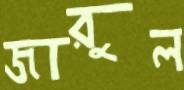
জারুল